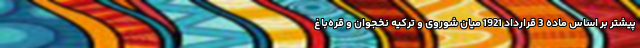
پیشتر بر اساس ماده 3 قرارداد 1921 میان شوروی و ترکیه نخجوان و قره‌باغ